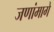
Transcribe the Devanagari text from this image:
जणांमागे